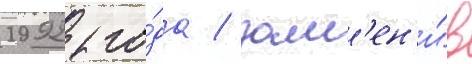
1992 го́да / зам'ен'и́в